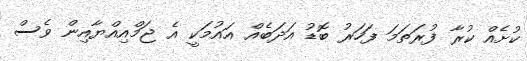
ކުށެއް ކުރާ ފުރަތަމަ ފަހަރު ބޮޑު އަދަބެއް އައުމަކީ އެ ޖަމްއިއްޔާއިން ވެސް